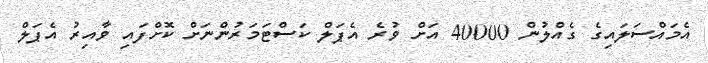
އެމައްސަލައިގެ ގެއްލުން 40000 އަށް ވުރެ އެޕަލް ކަސްޓަމަރުންނަށް ކޮށްފައި ވާއިރު އެޕަލް